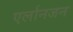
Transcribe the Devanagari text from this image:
एर्लानजन